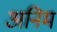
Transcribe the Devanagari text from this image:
अनिम